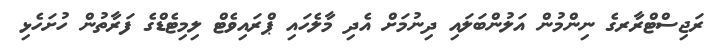
ރަޖިސްޓްރާރގެ ނިންމުން އަލުންބަލައި ދިނުމަށް އެދި މާލެހައި ޕްރައިވެޓް ލިމިޓެޑްގެ ފަރާތުން ހުށަހެޅި